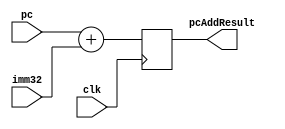
`timescale 1ns / 1ps

module AdderBranch(clk,
                    pc,
                   imm32,
                   pcAddResult);
   input clk;
   input [31:0] pc, imm32;
   output reg [31:0] pcAddResult;
   
   always @(posedge clk) begin
      pcAddResult = pc + imm32;
   end
   
endmodule // main